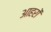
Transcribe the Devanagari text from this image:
आहरों